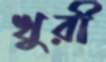
খুরী